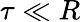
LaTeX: \tau\ll R